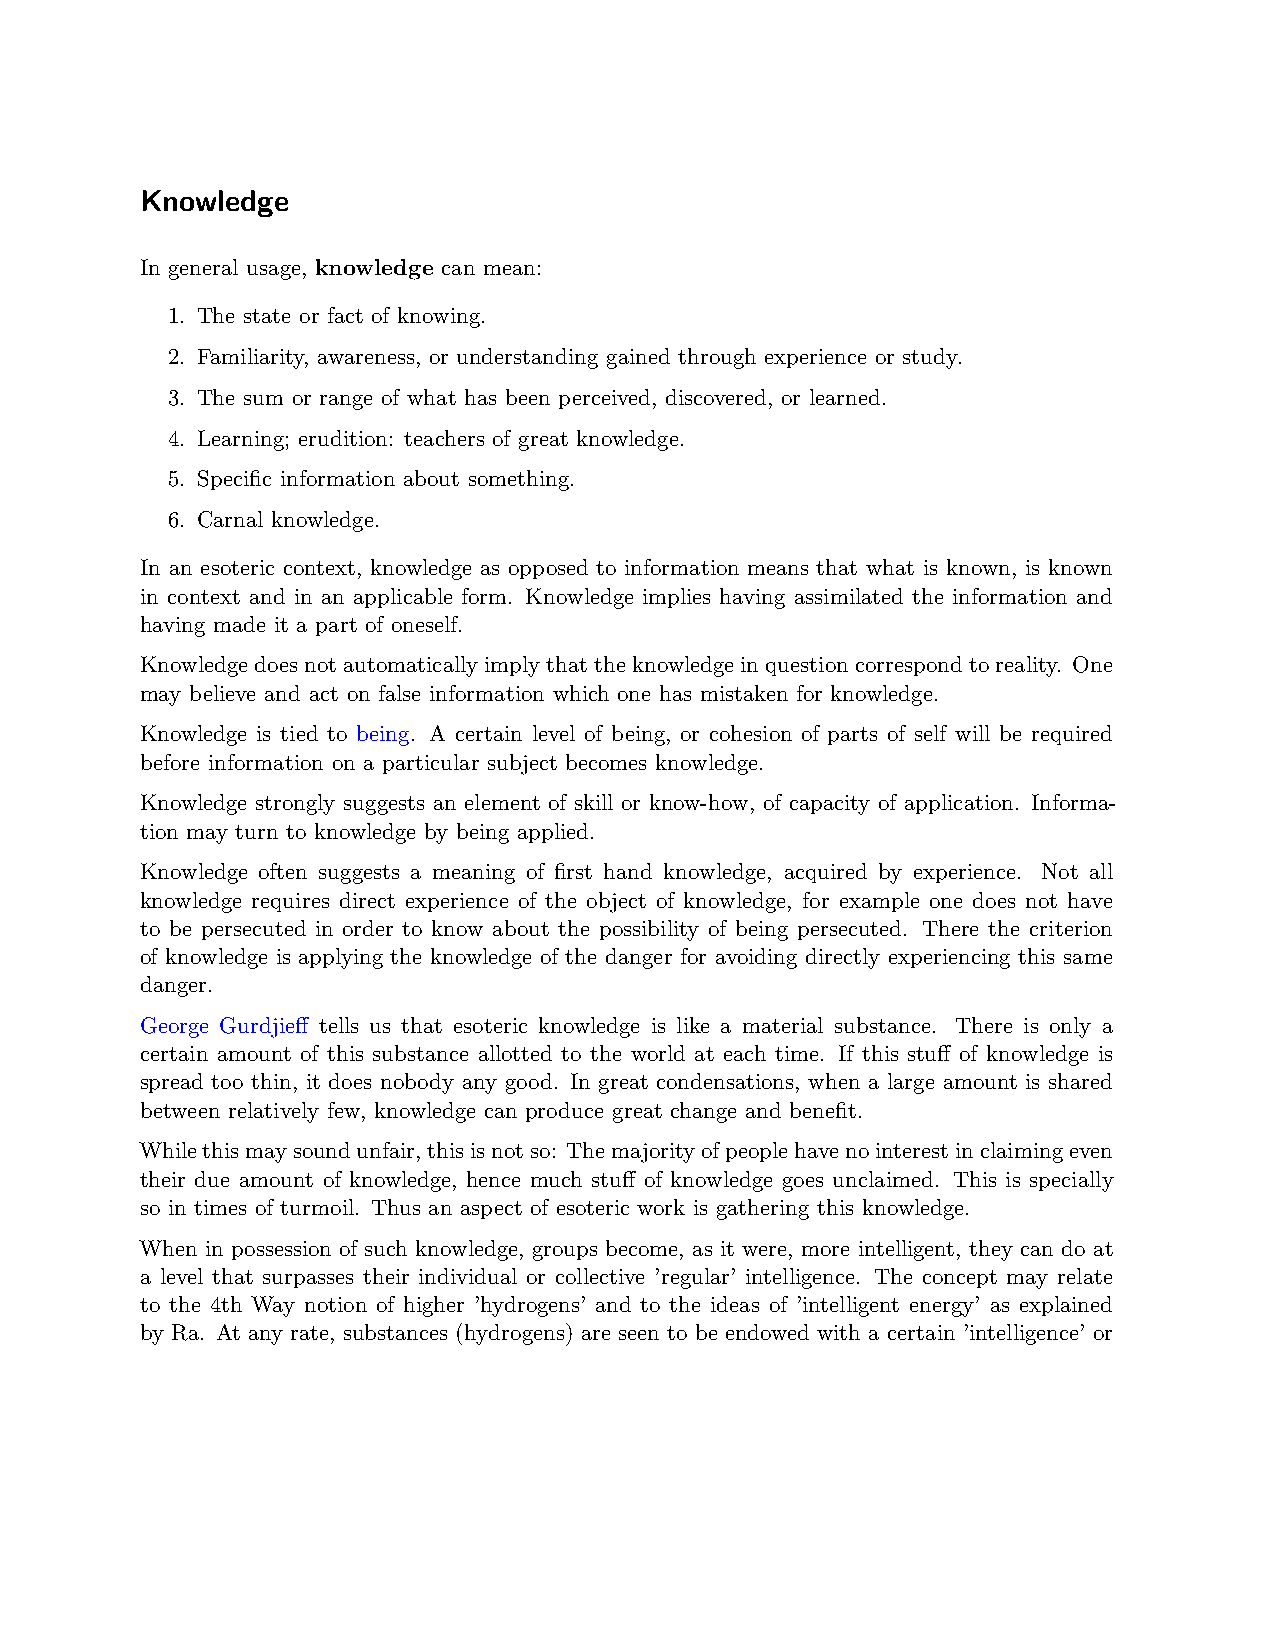
Knowledge
 In general usage, knowledge can mean:
 1. The state or fact of knowing.
 2. Familiarity, awareness, or understanding gained through experience or study.
 3. The sum or range of what has been perceived, discovered, or learned.
 4. Learning; erudition: teachers of great knowledge.
 5. Specific information about something.
 6. Carnal knowledge.
 In an esoteric context, knowledge as opposed to information means that what is known, is known
 in context and in an applicable form. Knowledge implies having assimilated the information and
 having made it a part of oneself.
 Knowledgedoesnotautomaticallyimplythattheknowledgeinquestioncorrespondtoreality. One
 may believe and act on false information which one has mistaken for knowledge.
 Knowledge is tied to being. A certain level of being, or cohesion of parts of self will be required
 before information on a particular subject becomes knowledge.
 Knowledge strongly suggests an element of skill or know-how, of capacity of application. Informa-
 tion may turn to knowledge by being applied.
 Knowledge often suggests a meaning of first hand knowledge, acquired by experience. Not all
 knowledge requires direct experience of the object of knowledge, for example one does not have
 to be persecuted in order to know about the possibility of being persecuted. There the criterion
 of knowledge is applying the knowledge of the danger for avoiding directly experiencing this same
 danger.
 George Gurdjieff tells us that esoteric knowledge is like a material substance. There is only a
 certain amount of this substance allotted to the world at each time. If this stuff of knowledge is
 spread too thin, it does nobody any good. In great condensations, when a large amount is shared
 between relatively few, knowledge can produce great change and benefit.
 Whilethismaysoundunfair,thisisnotso: Themajorityofpeoplehavenointerestinclaimingeven
 their due amount of knowledge, hence much stuff of knowledge goes unclaimed. This is specially
 so in times of turmoil. Thus an aspect of esoteric work is gathering this knowledge.
 When in possession of such knowledge, groups become, as it were, more intelligent, they can do at
 a level that surpasses their individual or collective ’regular’ intelligence. The concept may relate
 to the 4th Way notion of higher ’hydrogens’ and to the ideas of ’intelligent energy’ as explained
 by Ra. At any rate, substances (hydrogens) are seen to be endowed with a certain ’intelligence’ or